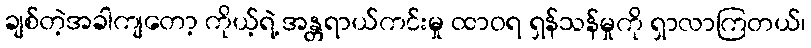
ချစ်တဲ့အခါကျတော့ ကိုယ့်ရဲ့ အန္တရာယ်ကင်းမှု ထာဝရ ရှန်သန်မှုကို ရှာလာကြတယ်၊